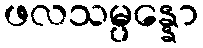
ဖလသမ္ပန္နော